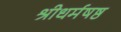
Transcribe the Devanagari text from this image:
श्रीधर्मषष्ठ